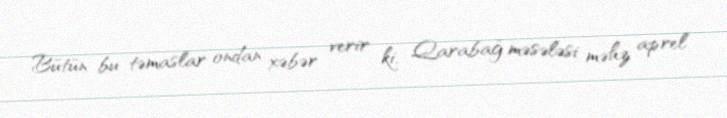
Bütün bu təmaslar ondan xəbər verir ki, Qarabağ məsələsi məhz aprel